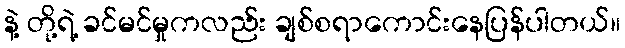
နဲ့ တို့ရဲ့ ခင်မင်မှုကလည်း ချစ်စရာကောင်းနေပြန်ပါတယ်။